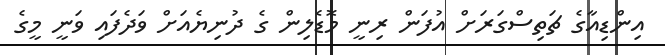
އިންޑިއާގެ ޗަތިސްގަރަށް އުފަން ރިނީ މޮޑެލިން ގެ ދުނިޔެއަށް ވަދެފައި ވަނީ މީގެ